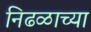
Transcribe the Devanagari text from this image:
निढळाच्या